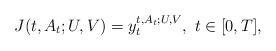
LaTeX: \begin{align*}J(t,A_t;U,V) = y_t^{t,A_t;U,V},~ t \in [0,T],\end{align*}